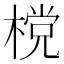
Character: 𣗋